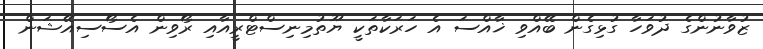
ޒުވާނުންގެ ދުވަހާ ގުޅިގެން ބޭއްވި ޚާއްސަ އެ ހަރަކާތަކީ ޔޫތުމިނިސްޓްރީއާއި ރޯވިން އެސޯސިއޭޝަން